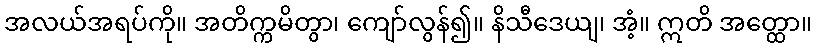
အလယ်အရပ်ကို။ အတိက္ကမိတွာ၊ ကျော်လွန်၍။ နိသီဒေယျ၊ အံ့။ ဣတိ အတ္ထော။